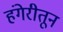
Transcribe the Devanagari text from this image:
हंगेरीतून